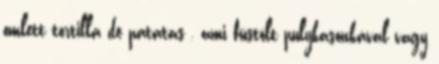
omlett tortilla de patatas , ami füstölt pulykasonkával vagy